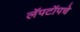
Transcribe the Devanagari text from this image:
लॅपटॉपचे